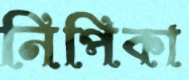
নিপিকা